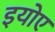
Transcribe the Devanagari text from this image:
इयोए